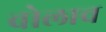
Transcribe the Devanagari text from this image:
वोलाच